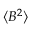
\langle B ^ { 2 } \rangle